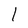
Character: l